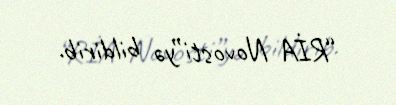
“RİA Novosti”yə bildirib.